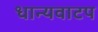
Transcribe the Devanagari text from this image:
धान्यवाटप